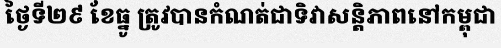
ថ្ងៃទី២៩ ខែធ្នូ ត្រូវបានកំណត់ជាទិវាសន្តិភាពនៅកម្ពុជា